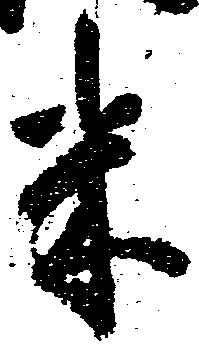
米